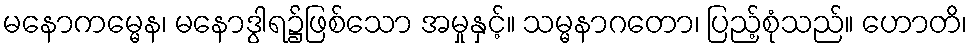
မနောကမ္မေန၊ မနောဒွါရ၌ဖြစ်သော အမှုနှင့်။ သမ္မနာဂတော၊ ပြည့်စုံသည်။ ဟောတိ၊